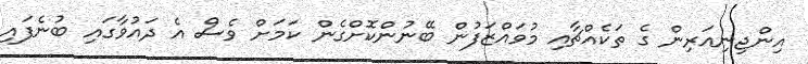
އިންޖިނިއަރިން ގެ ތަކެއްޗާއި މުވައްޒަފުން ބޭނުންކޮށްގެން ކަމަށް ވެސް އެ ދައުވާގައި ބުނެފައި